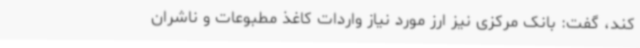
کند، گفت: بانک مرکزی نیز ارز مورد نیاز واردات کاغذ مطبوعات و ناشران